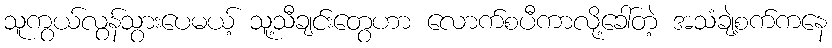
သူကွယ်လွန်သွားပေမယ့် သူ့သီချင်းတွေဟာ လောက်စပီကာလို့ခေါ်တဲ့ အသံချဲ့စက်ကနေ